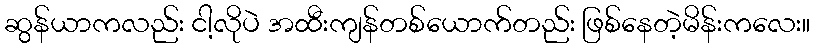
ဆွန်ယာကလည်း ငါ့လိုပဲ အထီးကျန်တစ်ယောက်တည်း ဖြစ်နေတဲ့မိန်းကလေး။